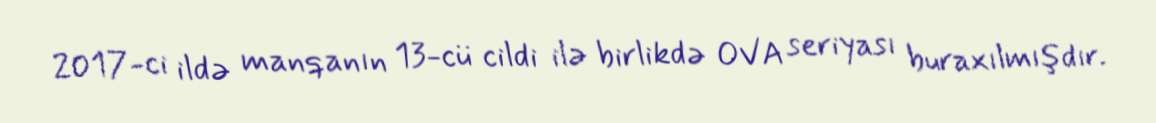
2017-ci ildə manqanın 13-cü cildi ilə birlikdə OVA seriyası buraxılmışdır.